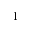
_ 1